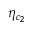
\eta _ { c _ { 2 } }